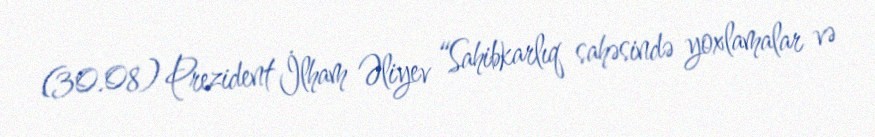
(30.08) Prezident İlham Əliyev “Sahibkarlıq sahəsində yoxlamalar və